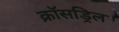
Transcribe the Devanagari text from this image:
क्रॉसड्रिल